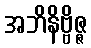
အဘိနိဗ္ဗိဇ္ဇ